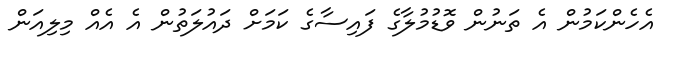
އެހެންކަމުން އެ ތަނުން ވޮޑުމުލާގެ ފައިސާގެ ކަމަށް ދައުލަތުން އެ އެއް މިލިއަން